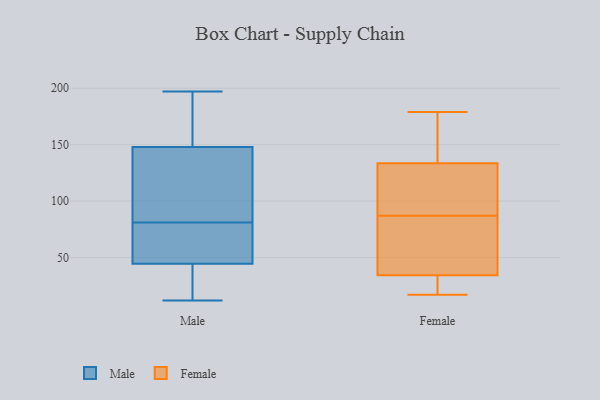
{"axis": {"x": "Operating Costs (USD K)", "y": "Value"}, "legend": ["Female", "Male"], "data": [{"x": "", "y": 173, "type": "Male"}, {"x": "", "y": 36, "type": "Male"}, {"x": "", "y": 103, "type": "Male"}, {"x": "", "y": 46, "type": "Male"}, {"x": "", "y": 101, "type": "Male"}, {"x": "", "y": 79, "type": "Male"}, {"x": "", "y": 139, "type": "Male"}, {"x": "", "y": 12, "type": "Male"}, {"x": "", "y": 174, "type": "Male"}, {"x": "", "y": 15, "type": "Male"}, {"x": "", "y": 81, "type": "Male"}, {"x": "", "y": 172, "type": "Male"}, {"x": "", "y": 63, "type": "Male"}, {"x": "", "y": 156, "type": "Male"}, {"x": "", "y": 197, "type": "Male"}, {"x": "", "y": 140, "type": "Male"}, {"x": "", "y": 43, "type": "Male"}, {"x": "", "y": 25, "type": "Male"}, {"x": "", "y": 77, "type": "Male"}, {"x": "", "y": 81, "type": "Male"}, {"x": "", "y": 32, "type": "Female"}, {"x": "", "y": 179, "type": "Female"}, {"x": "", "y": 33, "type": "Female"}, {"x": "", "y": 18, "type": "Female"}, {"x": "", "y": 38, "type": "Female"}, {"x": "", "y": 28, "type": "Female"}, {"x": "", "y": 141, "type": "Female"}, {"x": "", "y": 172, "type": "Female"}, {"x": "", "y": 136, "type": "Female"}, {"x": "", "y": 126, "type": "Female"}, {"x": "", "y": 17, "type": "Female"}, {"x": "", "y": 57, "type": "Female"}, {"x": "", "y": 115, "type": "Female"}, {"x": "", "y": 62, "type": "Female"}, {"x": "", "y": 65, "type": "Female"}, {"x": "", "y": 110, "type": "Female"}, {"x": "", "y": 143, "type": "Female"}, {"x": "", "y": 87, "type": "Female"}, {"x": "", "y": 108, "type": "Female"}]}